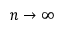
n \to \infty